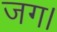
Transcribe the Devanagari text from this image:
जग।